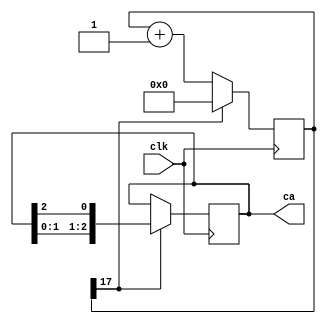
module seven_seg_display (
	input clk, 
	output reg [2:0] ca, 
	);

	initial begin
		ca = 3'b110;
	end

	reg [17:0] count;

	always @(posedge clk) begin
    	count <= count + 1;
		if(count[17]) begin
			count <= 0;
			ca <= {ca[1:0], ca[2]};
		end
	end
	
endmodule